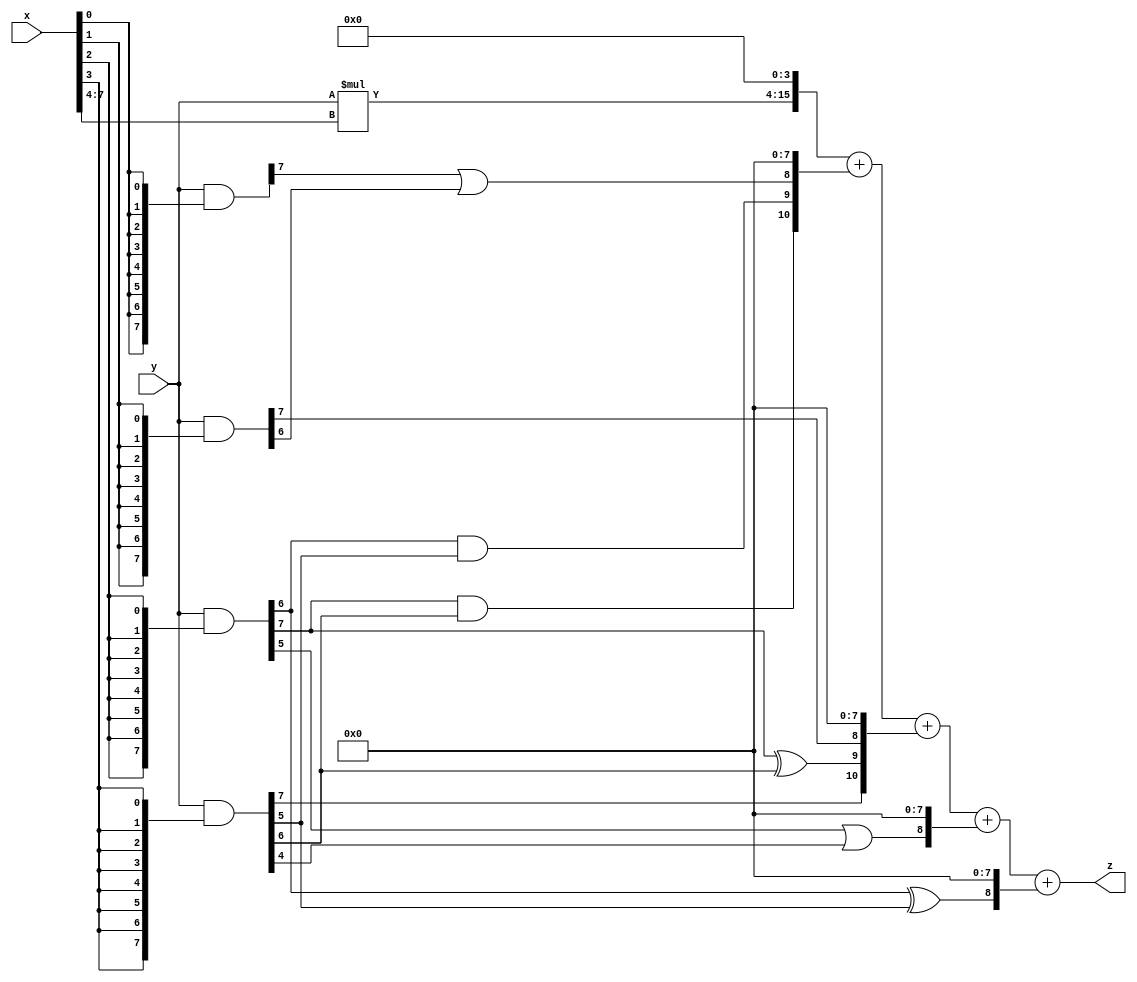
// terms: 8
// fval:  91386.25

module unsigned_8x8_l4_lamb10000_5 (
	input [7:0] x,
	input [7:0] y,
	output [15:0] z
);

wire [11:0] tmp_z = y*x[7:4];

wire [7:0] part1 =  y & {8{x[0]}};
wire [7:0] part2 =  y & {8{x[1]}};
wire [7:0] part3 =  y & {8{x[2]}};
wire [7:0] part4 =  y & {8{x[3]}};

wire [10:0] new_part1;
assign new_part1[0] = 0;
assign new_part1[1] = 0;
assign new_part1[2] = 0;
assign new_part1[3] = 0;
assign new_part1[4] = 0;
assign new_part1[5] = 0;
assign new_part1[6] = 0;
assign new_part1[7] = 0;
assign new_part1[8] = part1[7] | part2[6];
assign new_part1[9] = part3[6] & part4[5];
assign new_part1[10] = part3[7] & part4[6];

wire [10:0] new_part2;
assign new_part2[0] = 0;
assign new_part2[1] = 0;
assign new_part2[2] = 0;
assign new_part2[3] = 0;
assign new_part2[4] = 0;
assign new_part2[5] = 0;
assign new_part2[6] = 0;
assign new_part2[7] = 0;
assign new_part2[8] = part2[7];
assign new_part2[9] = part3[7] ^ part4[6];
assign new_part2[10] = part4[7];

wire [8:0] new_part3;
assign new_part3[0] = 0;
assign new_part3[1] = 0;
assign new_part3[2] = 0;
assign new_part3[3] = 0;
assign new_part3[4] = 0;
assign new_part3[5] = 0;
assign new_part3[6] = 0;
assign new_part3[7] = 0;
assign new_part3[8] = part3[5] | part4[4];

wire [8:0] new_part4;
assign new_part4[0] = 0;
assign new_part4[1] = 0;
assign new_part4[2] = 0;
assign new_part4[3] = 0;
assign new_part4[4] = 0;
assign new_part4[5] = 0;
assign new_part4[6] = 0;
assign new_part4[7] = 0;
assign new_part4[8] = part3[6] ^ part4[5];

assign z = {tmp_z, 4'd 0} + new_part1 + new_part2 + new_part3 + new_part4;
endmodule